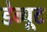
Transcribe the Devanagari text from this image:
डेब्यूट